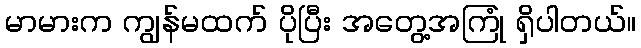
မာမားက ကျွန်မထက် ပိုပြီး အတွေ့အကြုံ ရှိပါတယ်။